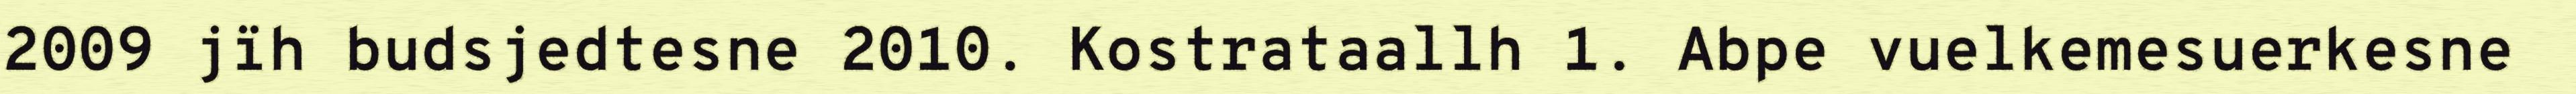
2009 jïh budsjedtesne 2010. Kostrataallh 1. Abpe vuelkemesuerkesne